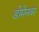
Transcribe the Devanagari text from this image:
डोमेनवर